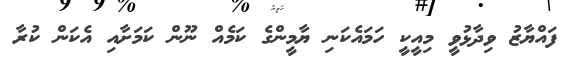
ފައްޔާޒު ވިދާޅުވީ މިއީކީ ހަމައެކަނި ޔާމީންގެ ކަމެއް ނޫން ކަމަށާއި އެކަން ކުރާ